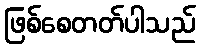
ဖြစ်စေတတ်ပါသည်